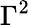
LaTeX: \Gamma^{2}